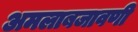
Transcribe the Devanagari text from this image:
अमलाबजावणी